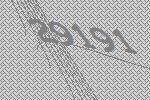
29191